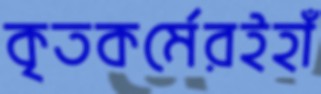
কৃতকর্মেরইহাঁ